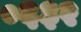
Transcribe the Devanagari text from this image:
०६३२